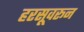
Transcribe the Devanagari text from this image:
हरसूवरून